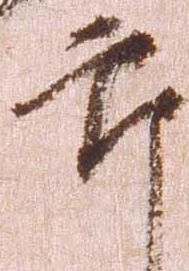
郎